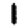
Digit: 1